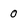
Character: 0